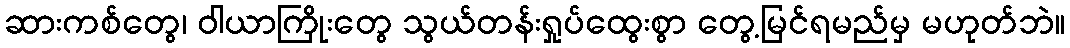
ဆားကစ်တွေ၊ ဝါယာကြိုးတွေ သွယ်တန်းရှုပ်ထွေးစွာ တွေ့မြင်ရမည်မှ မဟုတ်ဘဲ။